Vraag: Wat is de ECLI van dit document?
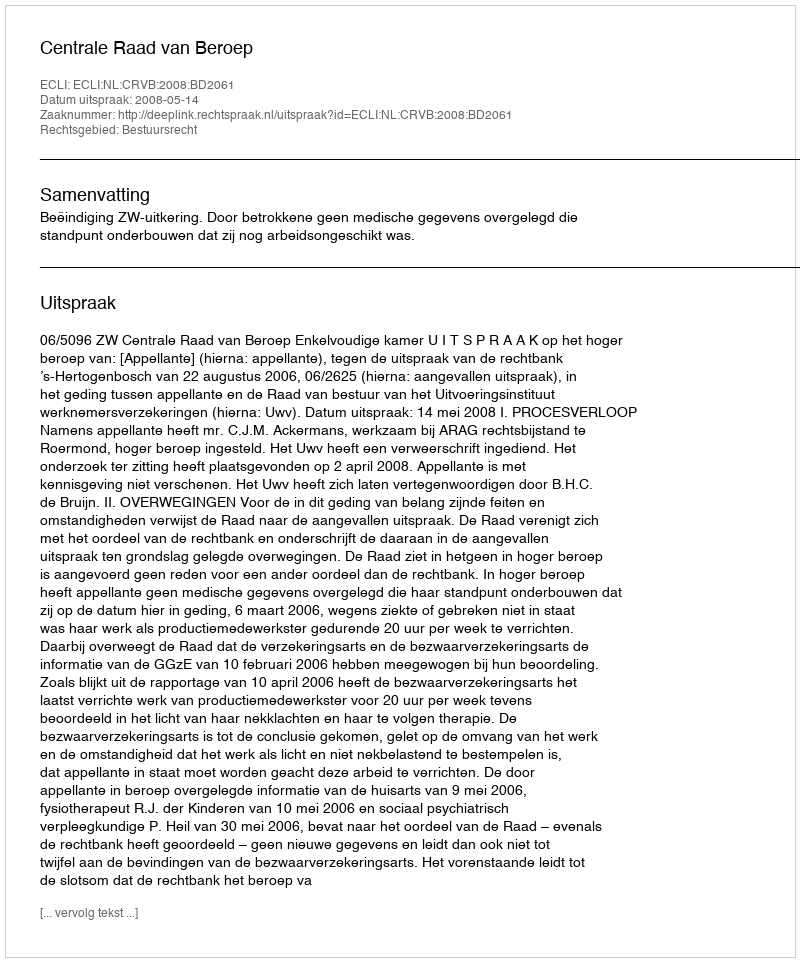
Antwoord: ECLI:NL:CRVB:2008:BD2061